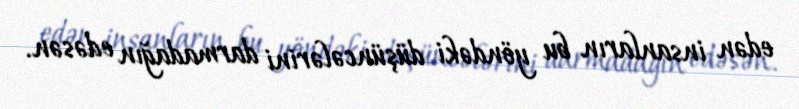
edən insanların bu yöndəki düşüncələrini darmadağın edəsən.